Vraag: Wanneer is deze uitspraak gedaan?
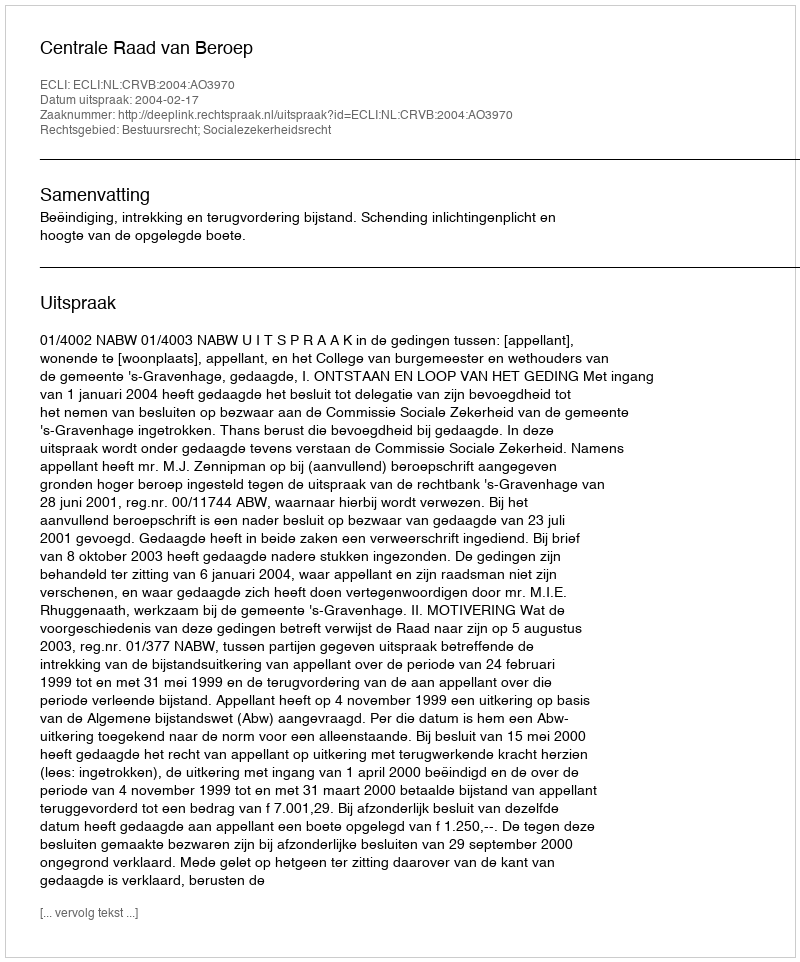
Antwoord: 2004-02-17